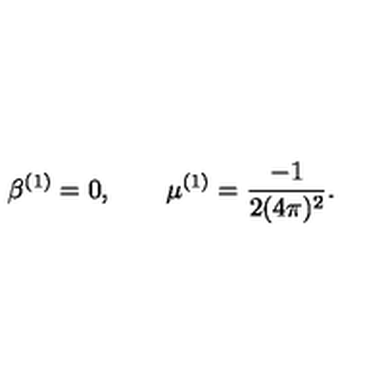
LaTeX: \beta ^ { ( 1 ) } = 0 , \qquad \mu ^ { ( 1 ) } = \frac { - 1 } { 2 ( 4 \pi ) ^ { 2 } } .